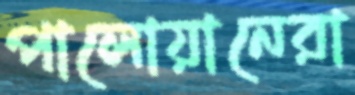
পালোয়ানেরা